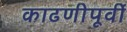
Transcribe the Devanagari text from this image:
काढणीपूर्वी